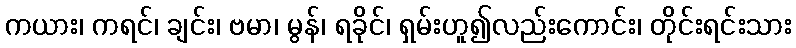
ကယား၊ ကရင်၊ ချင်း၊ ဗမာ၊ မွန်၊ ရခိုင်၊ ရှမ်းဟူ၍လည်းကောင်း၊ တိုင်းရင်းသား